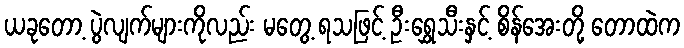
ယခုတော့ ပွဲလျက်များကိုလည်း မတွေ့ ရသဖြင့် ဦးရွှေသီးနှင့် စိန်အေးတို့ တောထဲက